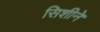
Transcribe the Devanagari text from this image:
सिशीने